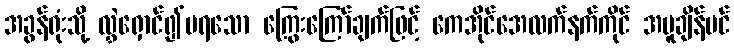
အခွန်ရုံးသို့ လွှဲရှောင်၍မရသော ကြွေးကြော်ချက်ဖြင့် ကေအိုင်အေလက်နက်ကိုင် အပူချိန်ပင်